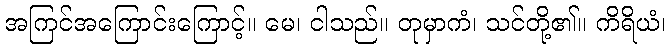
အကြင်အကြောင်းကြောင့်။ မေ၊ ငါသည်။ တုမှာကံ၊ သင်တို့၏။ ကိရိယံ၊